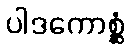
ပါဒကောစ္ဆံ